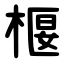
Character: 椻